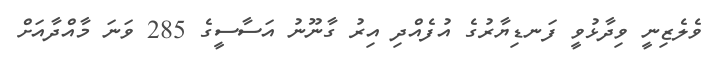
ވެލެޒިނީ ވިދާޅުވީ ފަނޑިޔާރުގެ އުފެއްދި އިރު ގާނޫނު އަސާސީގެ 285 ވަނަ މާއްދާއަށް